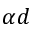
\alpha d